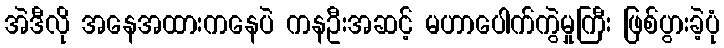
အဲဒီလို အနေအထားကနေပဲ ကနဦးအဆင့် မဟာပေါက်ကွဲမှုကြီး ဖြစ်ပွားခဲ့ပုံ